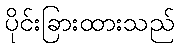
ပိုင်းခြားထားသည်